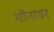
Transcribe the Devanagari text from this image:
मोंनावर